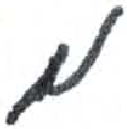
אות: מ